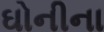
ઘોનીના